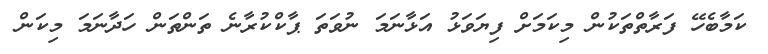
ކަމާބެހޭ ފަރާތްތަކުން މިކަމަށް ފިޔަވަޅު އަޅާނަމަ ނުވަތަ ޕާކްކުރާނެ ތަންތަން ހަދާނަމަ މިކަން